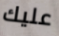
عليك